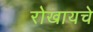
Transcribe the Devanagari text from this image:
रोखायचे